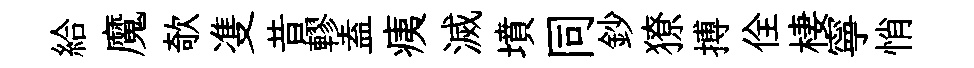
給魔欹㕠昔轇盍痍滅墳同鈔獠搏佺棲寧悄